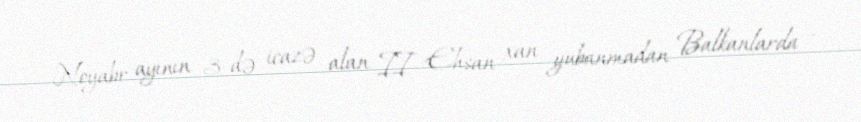
Noyabr ayının 3-də icazə alan II Ehsan xan yubanmadan Balkanlarda –